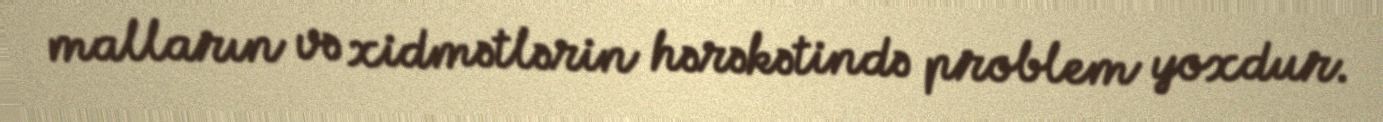
malların və xidmətlərin hərəkətində problem yoxdur.